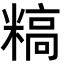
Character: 𬖰